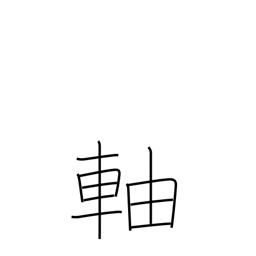
Meaning: stem